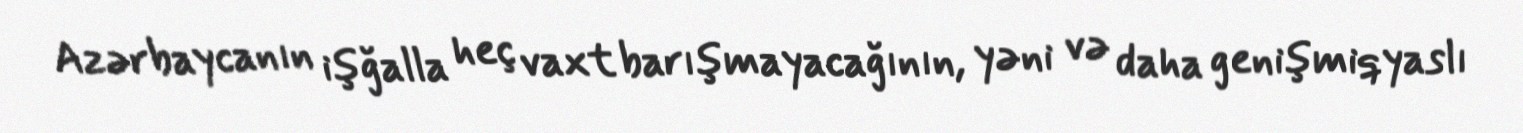
Azərbaycanın işğalla heç vaxt barışmayacağının, yəni və daha genişmiqyaslı